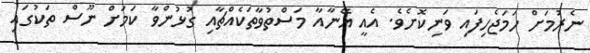
ނެރުމަށް ހަމަޖެހިފައި ވަނިކޮށެވެ. އެއީ އޭނާއާ މަސްތުވާތަކެއްޗާއި ގުޅުންވާ ކަމަށް ނޫސް ތަކުގައި